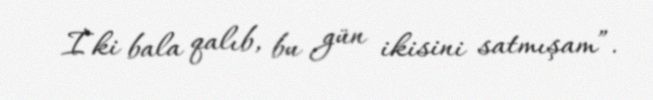
İki bala qalıb, bu gün ikisini satmışam”.